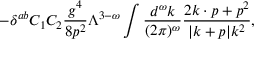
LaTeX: - \delta ^ { a b } C _ { 1 } C _ { 2 } { \frac { g ^ { 4 } } { 8 p ^ { 2 } } } \Lambda ^ { 3 - \omega } \int { \frac { d ^ { \omega } k } { ( 2 \pi ) ^ { \omega } } } { \frac { 2 k \cdot p + p ^ { 2 } } { | k + p | k ^ { 2 } } } ,